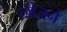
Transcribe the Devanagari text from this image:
छीजने